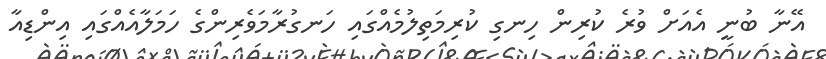
އޭނާ ބުނީ އެއަށް ވުރެ ކުރިން ހިނގި ކުރިމަތިލުމެއްގައި ހަނގުރާމަވެރިންގެ ހަމަލާއެއްގައި އިންޑިއާ